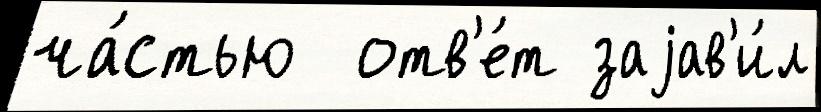
ча́стью  отв'е́т заjав'и́л